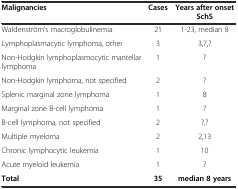
| Malignancies | Cases | Years after onset SchS |
 | --- | --- | --- |
 | Waldenström’s macroglobulinemia | 21 | 1-23, median 8 |
 | Lymphoplasmacytic lymphoma, other | 3 | 3,7,? |
 | Non-Hodgkin lymphoplasmocytic mantellar lymphoma | 1 | ? |
 | Non-Hodgkin lymphoma, not specified | 2 | ? |
 | Splenic marginal zone lymphoma | 1 | 8 |
 | Marginal zone B-cell lymphoma | 1 | 7 |
 | B-cell lymphoma, not specified | 2 | ?,? |
 | Multiple myeloma | 2 | 2,13 |
 | Chronic lymphocytic leukemia | 1 | 10 |
 | Acute myeloid leukemia | 1 | ? |
 | Total | 35 | median 8 years |